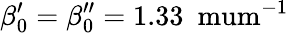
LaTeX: \beta_{0}^{\prime}=\beta_{0}^{\prime\prime}=1.33~\mathrm{\ mum^{-1}}